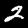
Digit: 2